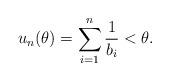
LaTeX: \begin{align*}u_n(\theta) = \sum_{i=1}^n \frac{1}{b_i} < \theta.\end{align*}